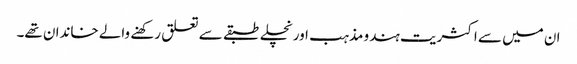
ان میں سے اکثریت ہندو مذہب اور نچلے طبقے سے تعلق رکھنے والے خاندان تھے۔